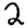
Digit: 2